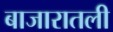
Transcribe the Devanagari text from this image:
बाजारातली